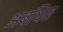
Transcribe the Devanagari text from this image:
अबधित